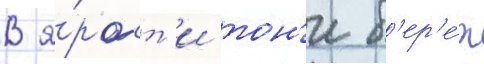
В я́рост'и тон'и б'ер'е́т